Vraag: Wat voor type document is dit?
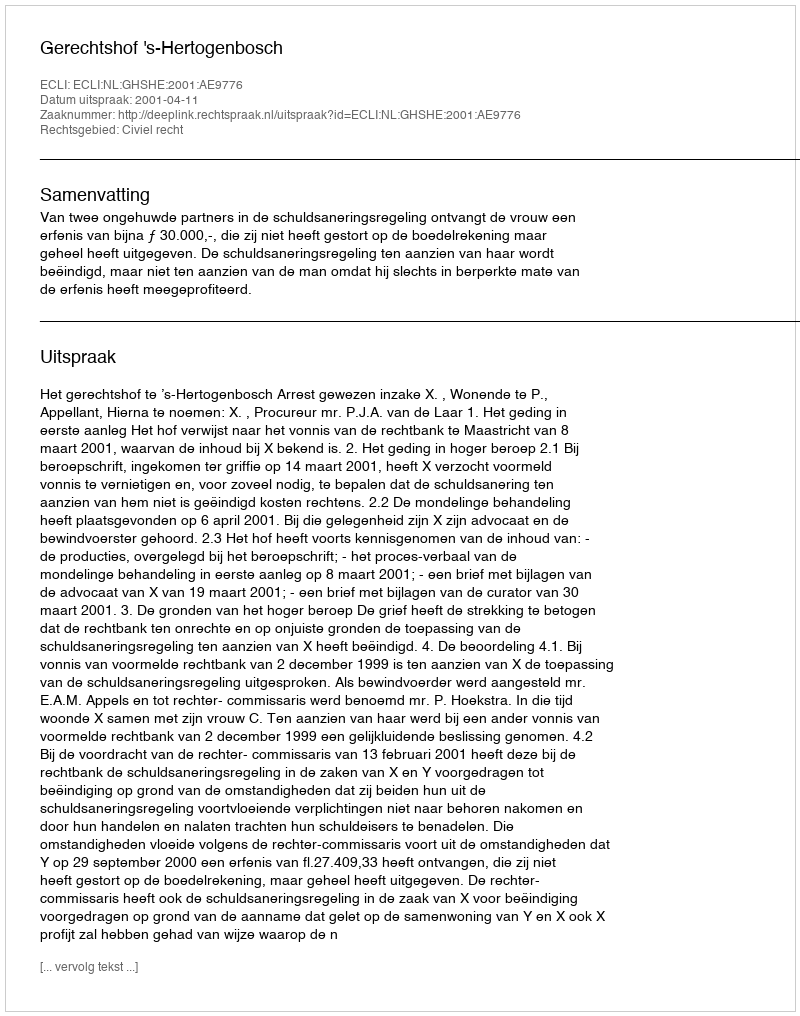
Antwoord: Uitspraak